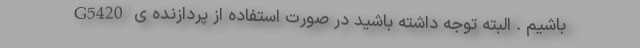
باشیم . البته توجه داشته باشید در صورت استفاده از پردازنده ی G5420